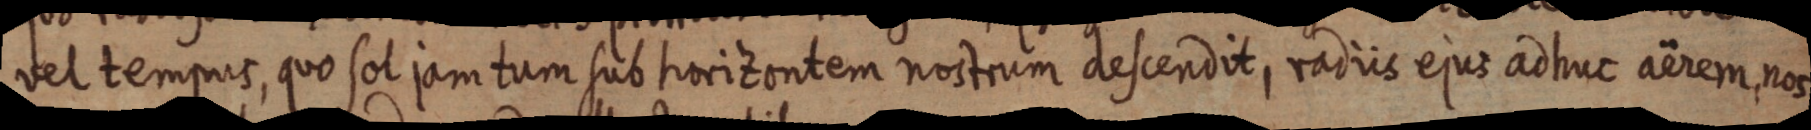
vel tempus, quo sol jam tum sub horizontem nostrum descendit, radiis ejus ad huc aërem, nos